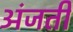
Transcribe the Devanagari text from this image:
अंजती